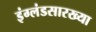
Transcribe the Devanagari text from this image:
इंग्लंडसारख्या